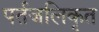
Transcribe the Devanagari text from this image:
पर्तजलिकृत